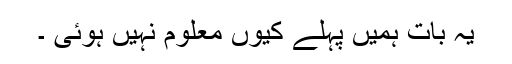
یہ بات ہمیں پہلے کیوں معلوم نہیں ہوئی ۔